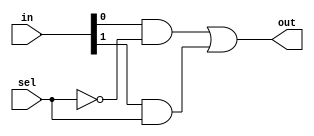
`timescale 1ns / 1ps

module Mux21(out, in, sel);

input[1: 0]in;

input sel;

output out;

wire s1, s2, s3;

not NOT1(s1, sel); // ~Sel
and AND1(s2, in[0], s1); // ~sel & A
and AND2(s3, in[1], sel); // B & Sel

or OR1(out, s2, s3); // (~sel & A) || (B & Sel)

endmodule